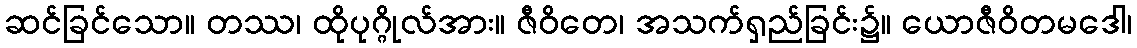
ဆင်ခြင်သော။ တဿ၊ ထိုပုဂ္ဂိုလ်အား။ ဇီဝိတေ၊ အသက်ရှည်ခြင်း၌။ ယောဇီဝိတမဒေါ၊